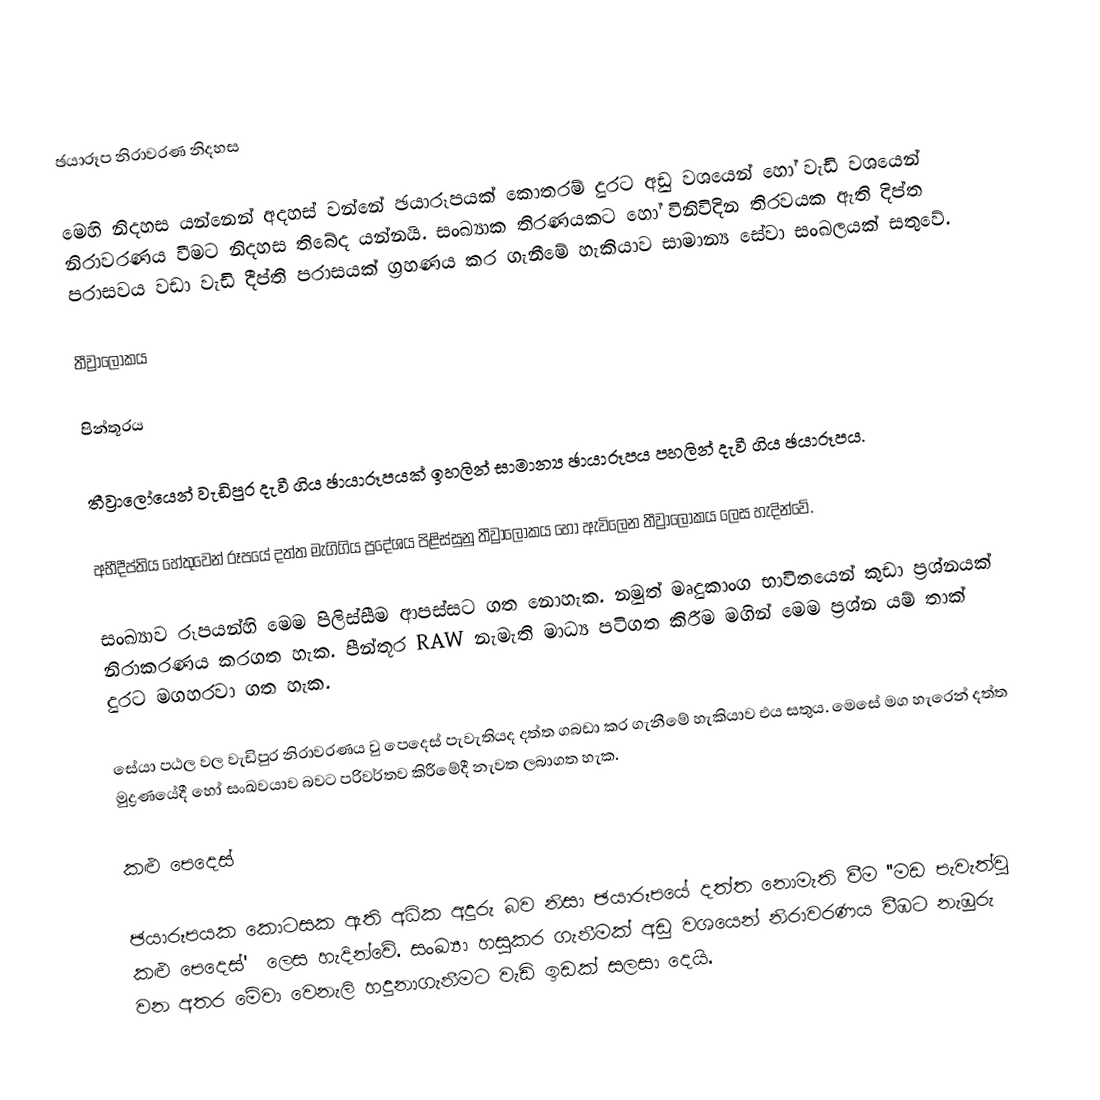
ඡයාරූප නිරාවරණ නිදහස

මෙහි නිදහස යන්නෙන් අදහස් වන්නේ ඡයාරූපයක් කොතරම් දුරට අඩු වශයෙන් හෝ වැඩි වශයෙන් නිරාවරණය වීමට නිදහස තිබේද යන්නයි. සංඛ්‍යාක තිරණයකට හෝ විනිවිදින තිරවයක ඇති දිප්ත පරාසවය වඩා වැඩි දීප්ති පරාසයක් ග්‍රහණය කර ගැනීමේ හැකියාව සාමාන්‍ය සේවා සංඛලයක් සතුවේ.

තීව්‍රා‍ලෝකය

පින්තූරය

තීව්‍රාලෝයෙන් වැඩිපුර දැවී ගිය ඡායාරූපයක් ඉහලින් සාමාන්‍ය ඡායාරූපය පහලින් දැවී ගිය ඡයාරූපය.

අභීදීප්තිය හේතුවෙන් රූපයේ දත්ත මැගිගිය ප්‍රදේශය පිළිස්සුනු තීව්‍රාලෝකය ‍හෝ ඇවිලෙන තීව්‍රාලෝකය ලෙස හැදින්වේ.

සංඛ්‍යාව රූපයන්හි මෙම පිලිස්සීම ආපස්සට ගත නොහැක. නමුත් මෘදුකාංග භාවිතයෙන් කුඩා ප්‍රශ්නයක් නිරාකරණය කරගත හැක. පීන්තූර RAW නැමැති මාධ්‍ය පටිගත කිරීම මගින් මෙම ප්‍රශ්න යම් තාක් දුරට මගහරවා ගත හැක.

සේයා පඨල වල වැඩිපුර නිරාවරණය වු පෙදෙස් පැවැතියද දත්ත ගබඩා කර ගැනීමේ හැකියාව එය සතුය. මෙසේ මග හැරෙන් දත්ත මුද්‍රණයේදී හෝ සංඛවයාව බවට පරිවර්තව කිරීමේදී නැවත ලබාගත හැක.

කළු පෙදෙස්

ඡයාරූපයක කොටසක ඇති අධික අදුරු බව නිසා ඡයාරූපයේ දත්ත නොමැති වීම ''මඩ පැවැත්වු කළු පෙදෙස්' ‍ ලෙස හැදින්වේ. සංඛ්‍යා හසුකර ගැනීමක් අඩු වශයෙන් නිරාවරණය වීඹට නැඹුරු වන අතර මේවා වෙනැලි හදුනාගැනීමට වැඩි ඉඩක් සලසා දෙයි.